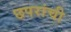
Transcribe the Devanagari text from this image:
छपरांची